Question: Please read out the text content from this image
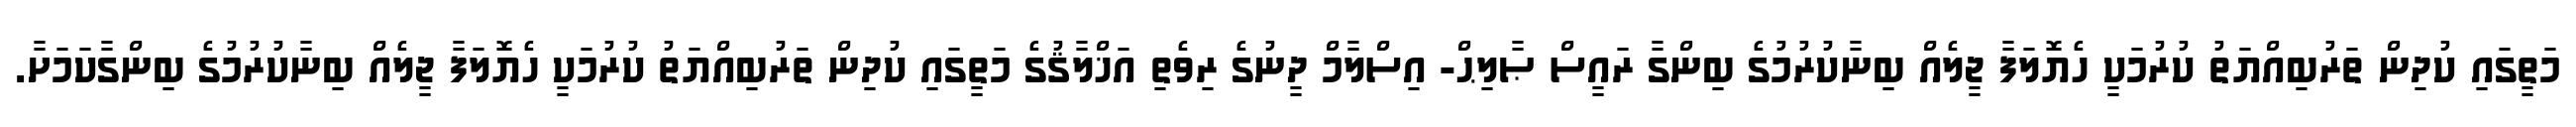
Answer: މަތީގައި ކުދިން ތަރުބިއްޔަތު ކުރުމަކީ ހެޔޮލަފާ ޖީލެއް ބިނާކުރުމުގެ ބިންގާ ރައީސް ޞާލިޙް- އިސްލާމް ދީނުގެ ރިވެތި އަޚްލާޤުގެ މަތީގައި ކުދިން ތަރުބިއްޔަތު ކުރުމަކީ ހެޔޮލަފާ ޖީލެއް ބިނާކުރުމުގެ ބިންގާކަމަށާ.